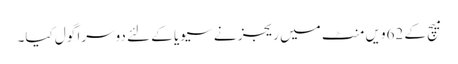
میچ کے 62ویں منٹ میں ریجز نے سیویا کے لئے دوسرا گول کیا۔